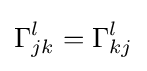
\Gamma _{jk}^{l}=\Gamma _{kj}^{l}